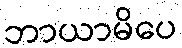
ဘာယာမိပေ